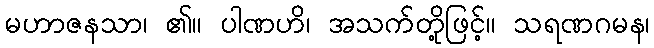
မဟာဇနသာ၊ ၏။ ပါဏဟိ၊ အသက်တို့ဖြင့်။ သရဏဂမန၊